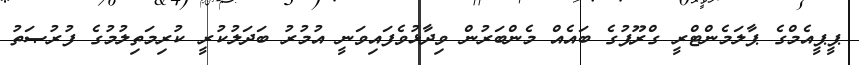
ޕީޕީއެމްގެ ޕާލަމެންޓްރީ ގްރޫޕުގެ ބައެއް މެންބަރުން ވިދާޅުވެފައިވަނީ އުމުރު ބަދަލުކުރީ ކުރިމަތިލުމުގެ ފުރުޞަތު